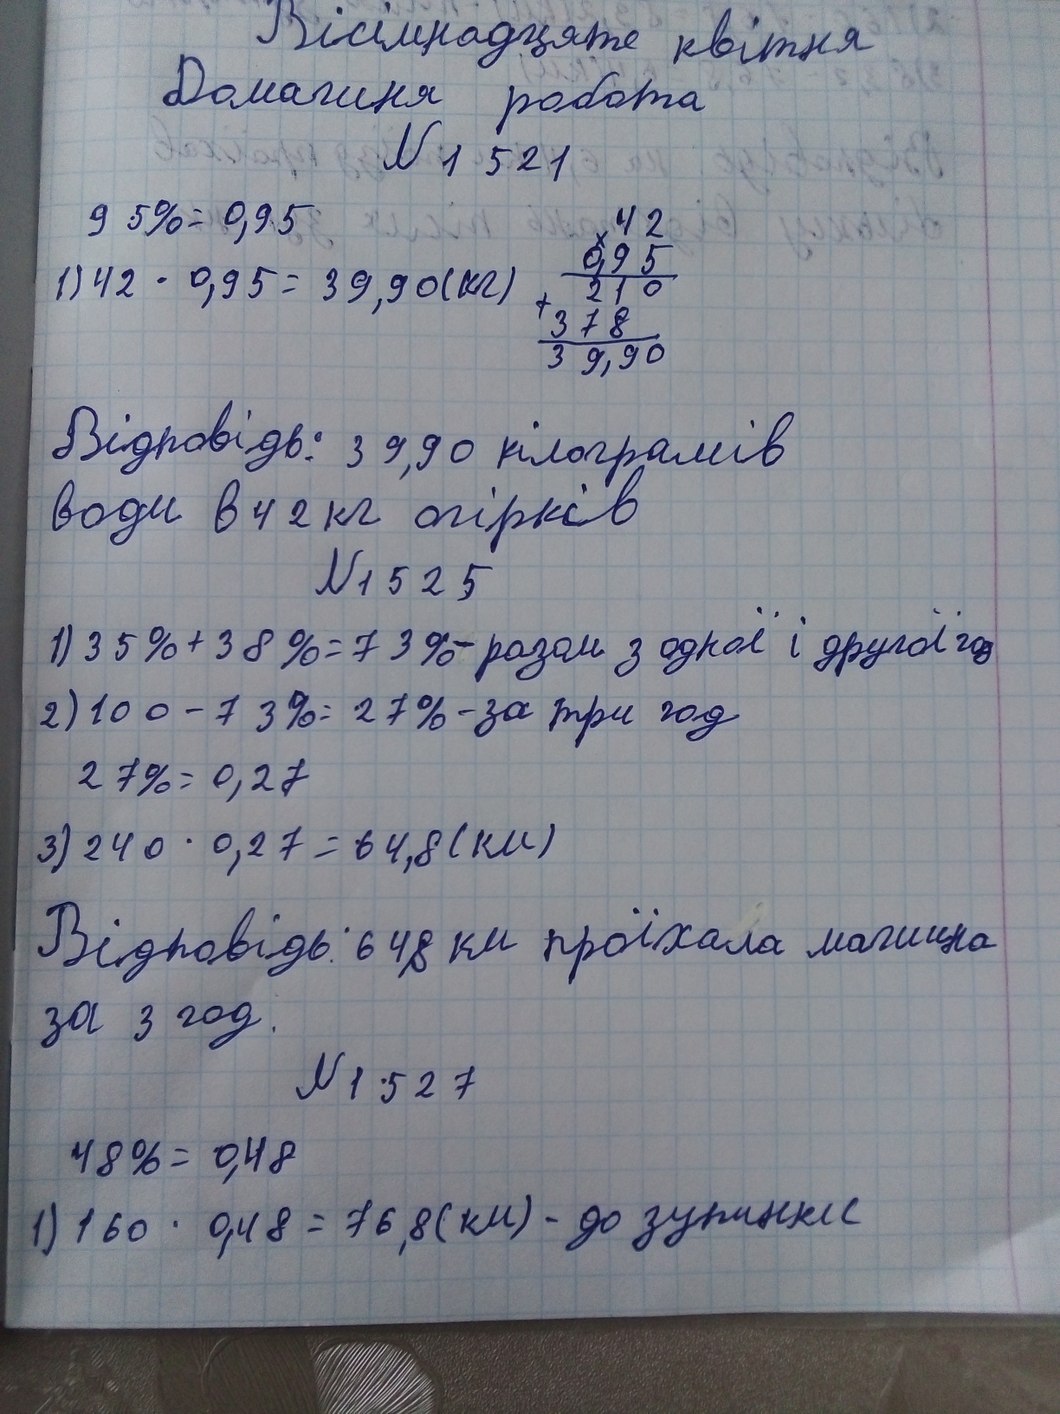
Вісімнадцяте квітня
Домашня робота
№ 1521
95% = 0,95
42
0,95
210
378
39,90
1) 42 * 0,95 = 39,90 (кг)
Відповідь: 39,90 кілограмів
води в 42 кг огірків
№ 1525
1) 35% + 38% = 73% - разом з одної і другої год
2) 100 - 73% = 27% - за три год
27% = 0,27
3) 240 * 0,27 = 64,8 (км)
Відповідь: 64,8 км проїхала машина
за 3 год.
№ 1527
48% = 0,48
1) 160 * 0,48 = 76,8 (км) - до зупинки